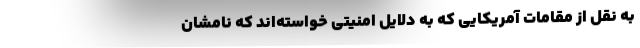
به نقل از مقامات آمریکایی که به دلایل امنیتی خواسته‌اند که نامشان